Mental hospitals Bombay report 1921-28 - 1921-1928
Year: 1921
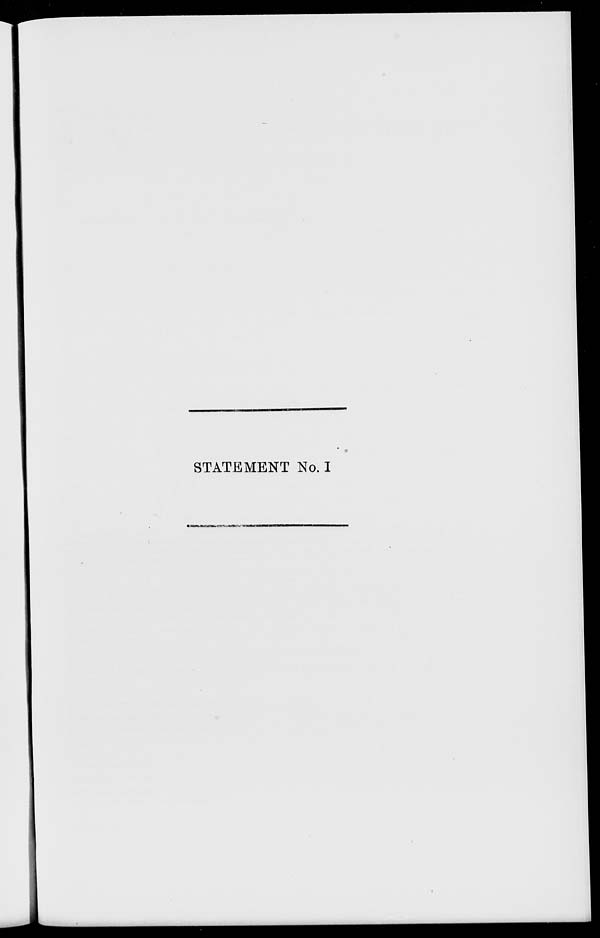
STATEMENT No. I